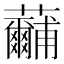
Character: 𮓕